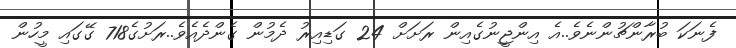
ފެނަކަ ބުރާންޗުންނެވެ..އެ އިންޖީނުގެއިން ރަށަށް 24 ގަޑިއިރު ދެމުން ގެންދެއެވެ..ރަށުގެ718 ގޭގައި މީހުން